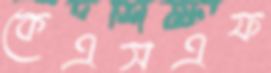
কেএসএফ